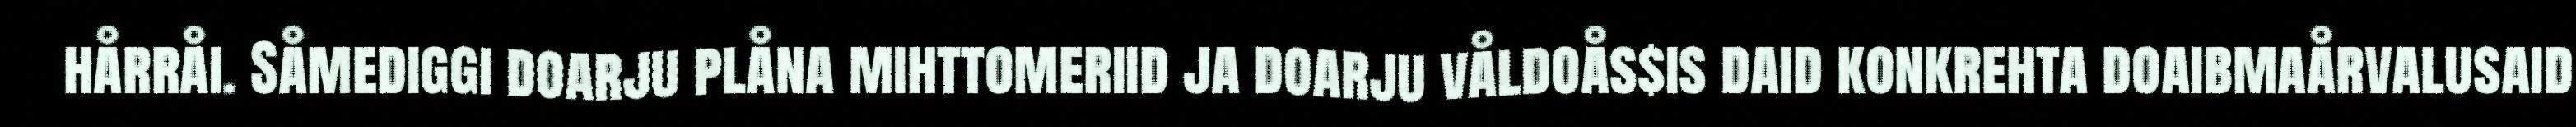
hårråi. Såmediggi doarju plåna mihttomeriid ja doarju våldoås$is daid konkrehta doaibmaårvalusaid